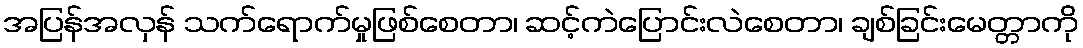
အပြန်အလှန် သက်ရောက်မှုဖြစ်စေတာ၊ ဆင့်ကဲပြောင်းလဲစေတာ၊ ချစ်ခြင်းမေတ္တာကို